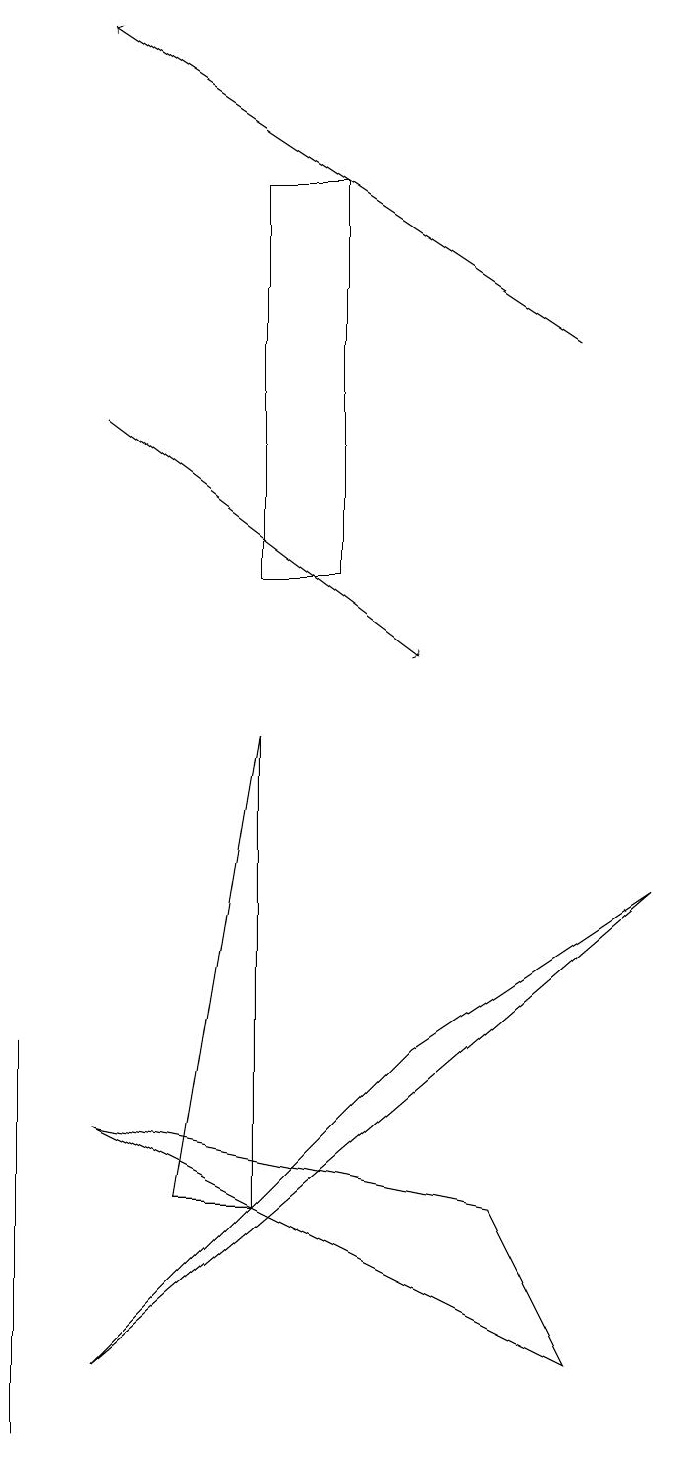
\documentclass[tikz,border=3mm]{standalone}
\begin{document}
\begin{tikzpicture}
\draw (4,16) rectangle (3,11);
\draw (4,11) rectangle (4,15);
\draw (7,1) -- (6,3) -- (1,4) -- cycle;
\draw (8,7) -- (1,1) -- (5,5) -- cycle;
\draw[->] (1,13) -- (5,10);
\draw (3,3) -- (3,9) -- (2,3) -- cycle;
\draw[->] (7,14) -- (1,18);
\draw (0,0) -- (0,2) -- (0,5) -- cycle;
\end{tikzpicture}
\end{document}